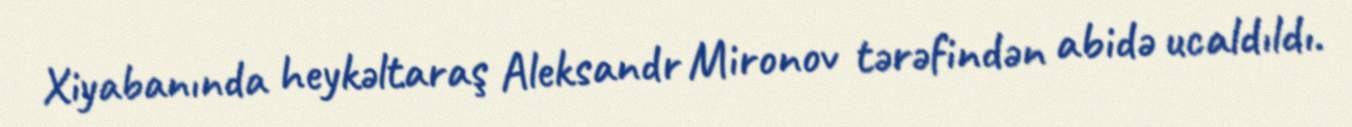
Xiyabanında heykəltaraş Aleksandr Mironov tərəfindən abidə ucaldıldı.